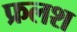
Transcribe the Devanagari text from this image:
फ्रलश